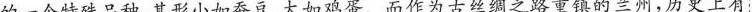
的一个特殊品种，其形小如蚕豆、大如鸡蛋。而作为古丝绸之路重镇的兰州，历史上有：